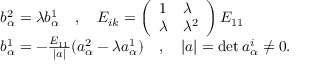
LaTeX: \begin{array} { l } { { b _ { \alpha } ^ { 2 } = \lambda b _ { \alpha } ^ { 1 } \quad , \quad E _ { i k } = \left( \begin{array} { l l } { { 1 } } & { { \lambda } } \\ { { \lambda } } & { { \lambda ^ { 2 } } } \end{array} \right) E _ { 1 1 } } } \\ { { b _ { \alpha } ^ { 1 } = - \frac { E _ { 1 1 } } { | a | } ( a _ { \alpha } ^ { 2 } - \lambda a _ { \alpha } ^ { 1 } ) \quad , \quad | a | = \operatorname * { d e t } a _ { \alpha } ^ { i } \not = 0 . } } \end{array}